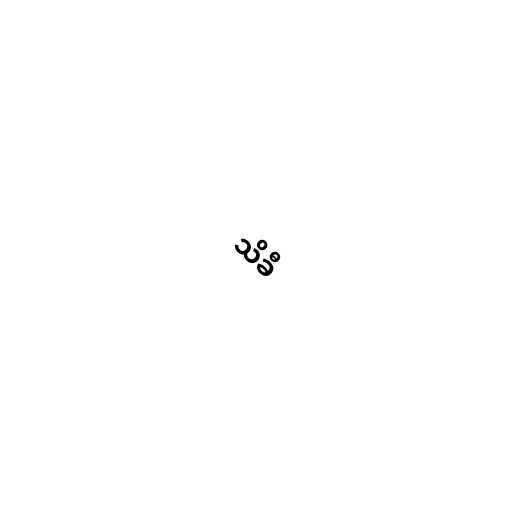
သိခီ